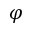
\varphi